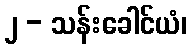
၂ - သန်းခေါင်ယံ၊